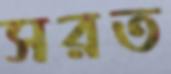
সরত